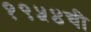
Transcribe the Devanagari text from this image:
१९५४ची